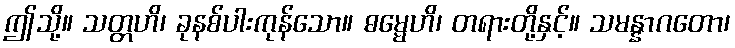
ဤသို့။ သတ္တဟိ၊ ခုနစ်ပါးကုန်သော။ ဓမ္မေဟိ၊ တရားတို့နှင့်။ သမန္နာဂတော၊